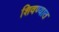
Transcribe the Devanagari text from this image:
शिवण्यात